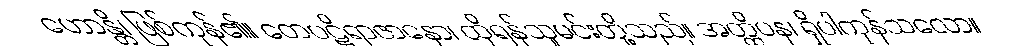
ဟောန္တိ၊ ဖြစ်ကုန်၏။ တေပဋိရာဇာနော၊ ထိုရန်သူမင်းတို့သည်။ အတ္ထိပန၊ ရှိပါကုန်သလော။